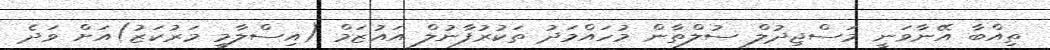
ތިއްބާ އޭނާވަނީ މަސްޖިދުލް ސުލްތާން މުހައްމަދު ތަކުރުފާނުލް އައުޒަމް (އިސްލާމީ މަރުކަޒު)އަށް ވަދެ